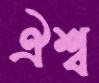
ঐশ্ব